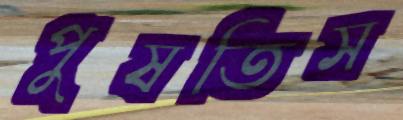
পুষতিস